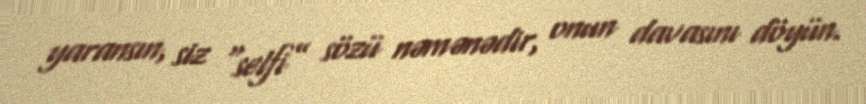
yaransın, siz “selfi” sözü nəmənədir, onun davasını döyün.